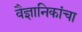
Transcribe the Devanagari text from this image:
वैज्ञानिकांचा